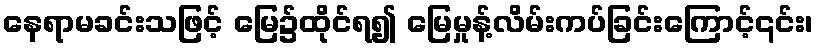
နေရာမခင်းသဖြင့် မြေ၌ထိုင်ရ၍ မြေမှုန့်လိမ်းကပ်ခြင်းကြောင့်၎င်း၊